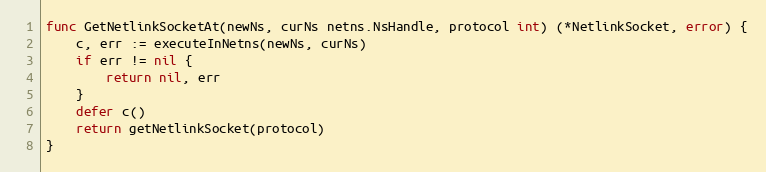
Language: Go
func GetNetlinkSocketAt(newNs, curNs netns.NsHandle, protocol int) (*NetlinkSocket, error) {
	c, err := executeInNetns(newNs, curNs)
	if err != nil {
		return nil, err
	}
	defer c()
	return getNetlinkSocket(protocol)
}